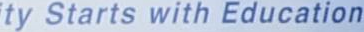
ty Starts with Education